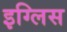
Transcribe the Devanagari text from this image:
इग्लिस